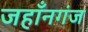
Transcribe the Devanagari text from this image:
जहाँनगंज